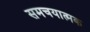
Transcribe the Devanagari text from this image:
समचयात्मक